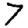
Digit: 7